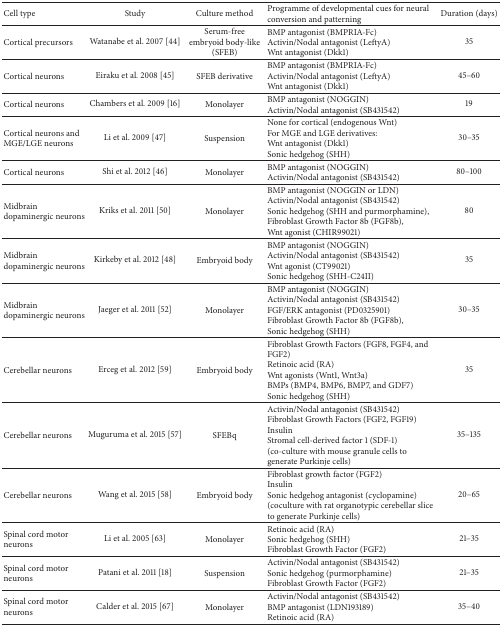
<table><thead><tr><td><b>Cell type</b></td><td><b>Study</b></td><td><b>Culture method</b></td><td><b>Programme of developmental cues for neural conversion and patterning</b></td><td><b>Duration (days)</b></td></tr></thead><tbody><tr><td>Cortical precursors</td><td>Watanabe et al. 2007 [44]</td><td>Serum-free embryoid body-like (SFEB)</td><td>BMP antagonist (BMPRIA-Fc)Activin/Nodal antagonist (LeftyA) Wnt antagonist (Dkk1)</td><td>35</td></tr><tr><td>Cortical neurons</td><td>Eiraku et al. 2008 [45]</td><td>SFEB derivative</td><td>BMP antagonist (BMPRIA-Fc)Activin/Nodal antagonist (LeftyA) Wnt antagonist (Dkk1)</td><td>45–60</td></tr><tr><td>Cortical neurons</td><td>Chambers et al. 2009 [16]</td><td>Monolayer</td><td>BMP antagonist (NOGGIN)Activin/Nodal antagonist (SB431542) </td><td>19</td></tr><tr><td>Cortical neurons and MGE/LGE neurons</td><td>Li et al. 2009 [47]</td><td>Suspension </td><td>None for cortical (endogenous Wnt)For MGE and LGE derivatives: Wnt antagonist (Dkk1) Sonic hedgehog (SHH)</td><td>30–35</td></tr><tr><td>Cortical neurons</td><td>Shi et al. 2012 [46]</td><td>Monolayer</td><td>BMP antagonist (NOGGIN)Activin/Nodal antagonist (SB431542)</td><td>80–100</td></tr><tr><td>Midbrain dopaminergic neurons</td><td>Kriks et al. 2011 [50]</td><td>Monolayer</td><td>BMP antagonist (NOGGIN or LDN)Activin/Nodal antagonist (SB431542)Sonic hedgehog (SHH and purmorphamine), Fibroblast Growth Factor 8b (FGF8b), Wnt agonist (CHIR99021)</td><td>80</td></tr><tr><td>Midbrain dopaminergic neurons</td><td>Kirkeby et al. 2012 [48]</td><td>Embryoid body </td><td>BMP antagonist (NOGGIN)Activin/Nodal antagonist (SB431542) Wnt agonist (CT99021)Sonic hedgehog (SHH-C24II)</td><td>35</td></tr><tr><td>Midbrain dopaminergic neurons</td><td>Jaeger et al. 2011 [52]</td><td>Monolayer</td><td>BMP antagonist (NOGGIN)Activin/Nodal antagonist (SB431542) FGF/ERK antagonist (PD0325901)Fibroblast Growth Factor 8b (FGF8b), Sonic hedgehog (SHH)</td><td>30–35</td></tr><tr><td>Cerebellar neurons</td><td>Erceg et al. 2012 [59]</td><td>Embryoid body</td><td>Fibroblast Growth Factors (FGF8, FGF4, and FGF2)Retinoic acid (RA)Wnt agonists (Wnt1, Wnt3a)BMPs (BMP4, BMP6, BMP7, and GDF7) Sonic hedgehog (SHH)</td><td>35</td></tr><tr><td>Cerebellar neurons</td><td>Muguruma et al. 2015 [57]</td><td>SFEBq</td><td>Activin/Nodal antagonist (SB431542) Fibroblast Growth Factors (FGF2, FGF19)InsulinStromal cell-derived factor 1 (SDF-1)(co-culture with mouse granule cells to generate Purkinje cells)</td><td>35–135</td></tr><tr><td>Cerebellar neurons</td><td>Wang et al. 2015 [58]</td><td>Embryoid body</td><td>Fibroblast growth factor (FGF2)InsulinSonic hedgehog antagonist (cyclopamine) (coculture with rat organotypic cerebellar slice to generate Purkinje cells)</td><td>20–65</td></tr><tr><td>Spinal cord motor neurons</td><td>Li et al. 2005 [63]</td><td>Monolayer</td><td>Retinoic acid (RA)Sonic hedgehog (SHH)Fibroblast Growth Factor (FGF2)</td><td>21–35</td></tr><tr><td>Spinal cord motor neurons</td><td>Patani et al. 2011 [18]</td><td>Suspension</td><td>Activin/Nodal antagonist (SB431542) Sonic hedgehog (purmorphamine)Fibroblast Growth Factor (FGF2)</td><td>21–35</td></tr><tr><td>Spinal cord motor neurons</td><td>Calder et al. 2015 [67]</td><td>Monolayer</td><td>Activin/Nodal antagonist (SB431542) BMP antagonist (LDN193189)Retinoic acid (RA)</td><td>35–40</td></tr></tbody></table>